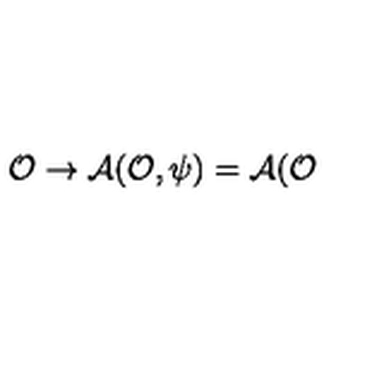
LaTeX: \mathcal { O } \rightarrow \mathcal { A } ( \mathcal { O } , \psi ) = \mathcal { A } ( \mathcal { O }